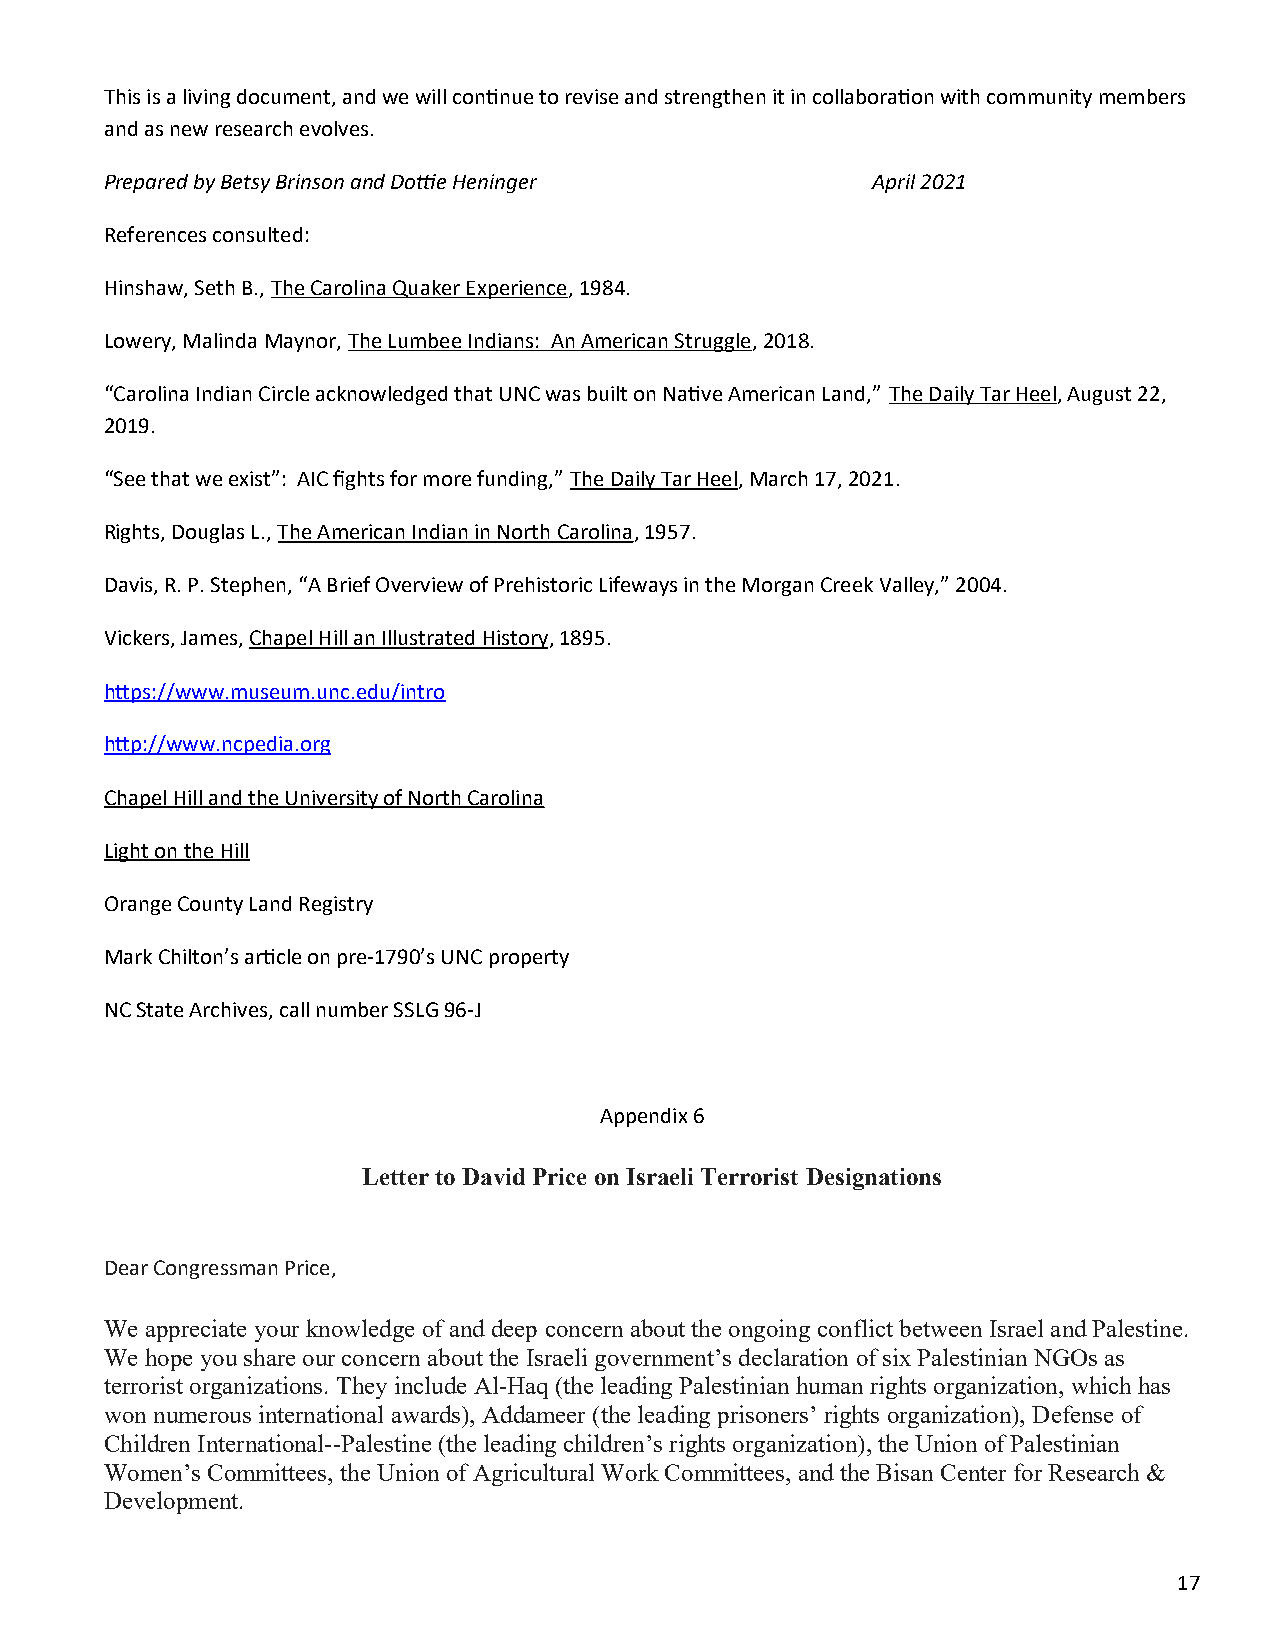
This is a living document, and we will continue to revise and strengthen it in collaboration with community members
 and as new research evolves.
 Prepared by Betsy Brinson and Dottie Heninger      April 2021
 References consulted:
 Hinshaw, Seth B., The Carolina Quaker Experience, 1984.
 Lowery, Malinda Maynor, The Lumbee Indians: An American Struggle, 2018.
 “Carolina Indian Circle acknowledged that UNC was built on Native American Land,” The Daily Tar Heel, August 22,
 2019.
 “See that we exist”: AIC fights for more funding,” The Daily Tar Heel, March 17, 2021.
 Rights, Douglas L., The American Indian in North Carolina, 1957.
 Davis, R. P. Stephen, “A Brief Overview of Prehistoric Lifeways in the Morgan Creek Valley,” 2004.
 Vickers, James, Chapel Hill an Illustrated History, 1895.
 https://www.museum.unc.edu/intro
 http://www.ncpedia.org
 Chapel Hill and the University of North Carolina
 Light on the Hill
 Orange County Land Registry
 Mark Chilton’s article on pre-1790’s UNC property
 NC State Archives, call number SSLG 96-J
 Appendix 6
 Letter to David Price on Israeli Terrorist Designations
 Dear Congressman Price,
 We appreciate your knowledge of and deep concern about the ongoing conflict between Israel and Palestine.
 We hope you share our concern about the Israeli government’s declaration of six Palestinian NGOs as
 terrorist organizations. They include Al-Haq (the leading Palestinian human rights organization, which has
 won numerous international awards), Addameer (the leading prisoners’ rights organization), Defense of
 Children International--Palestine (the leading children’s rights organization), the Union of Palestinian
 Women’s Committees, the Union of Agricultural Work Committees, and the Bisan Center for Research &
 Development.
 17